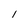
Character: 1